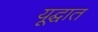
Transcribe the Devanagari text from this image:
यूद्घात